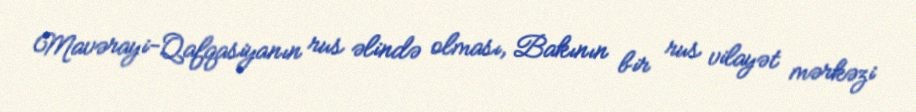
Mavərayi-Qafqasiyanın rus əlində olması, Bakının bir rus vilayət mərkəzi